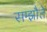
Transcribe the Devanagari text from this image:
सम्झौते